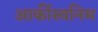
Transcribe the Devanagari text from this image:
आर्कीस्वनिम